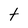
Character: t